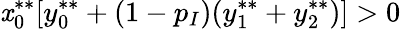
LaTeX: \mathit{x}_{0}^{**}[y_{0}^{**}+(1-p_{I})(y_{1}^{**}+y_{2}^{**})]>0